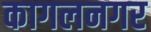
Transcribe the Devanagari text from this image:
कागलनगर